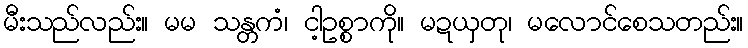
မီးသည်လည်း။ မမ သန္တကံ၊ ငါ့ဥစ္စာကို။ မဍယှတု၊ မလောင်စေသတည်း။